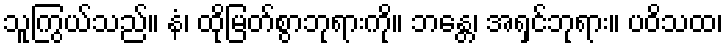
သူကြွယ်သည်။ နံ၊ ထိုမြတ်စွာဘုရားကို။ ဘန္တေ၊ အရှင်ဘုရား။ ပဝိသထ၊